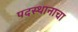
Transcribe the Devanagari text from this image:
पदस्थानाचा